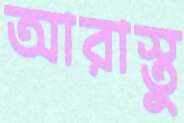
আরাস্তু